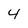
Character: 4